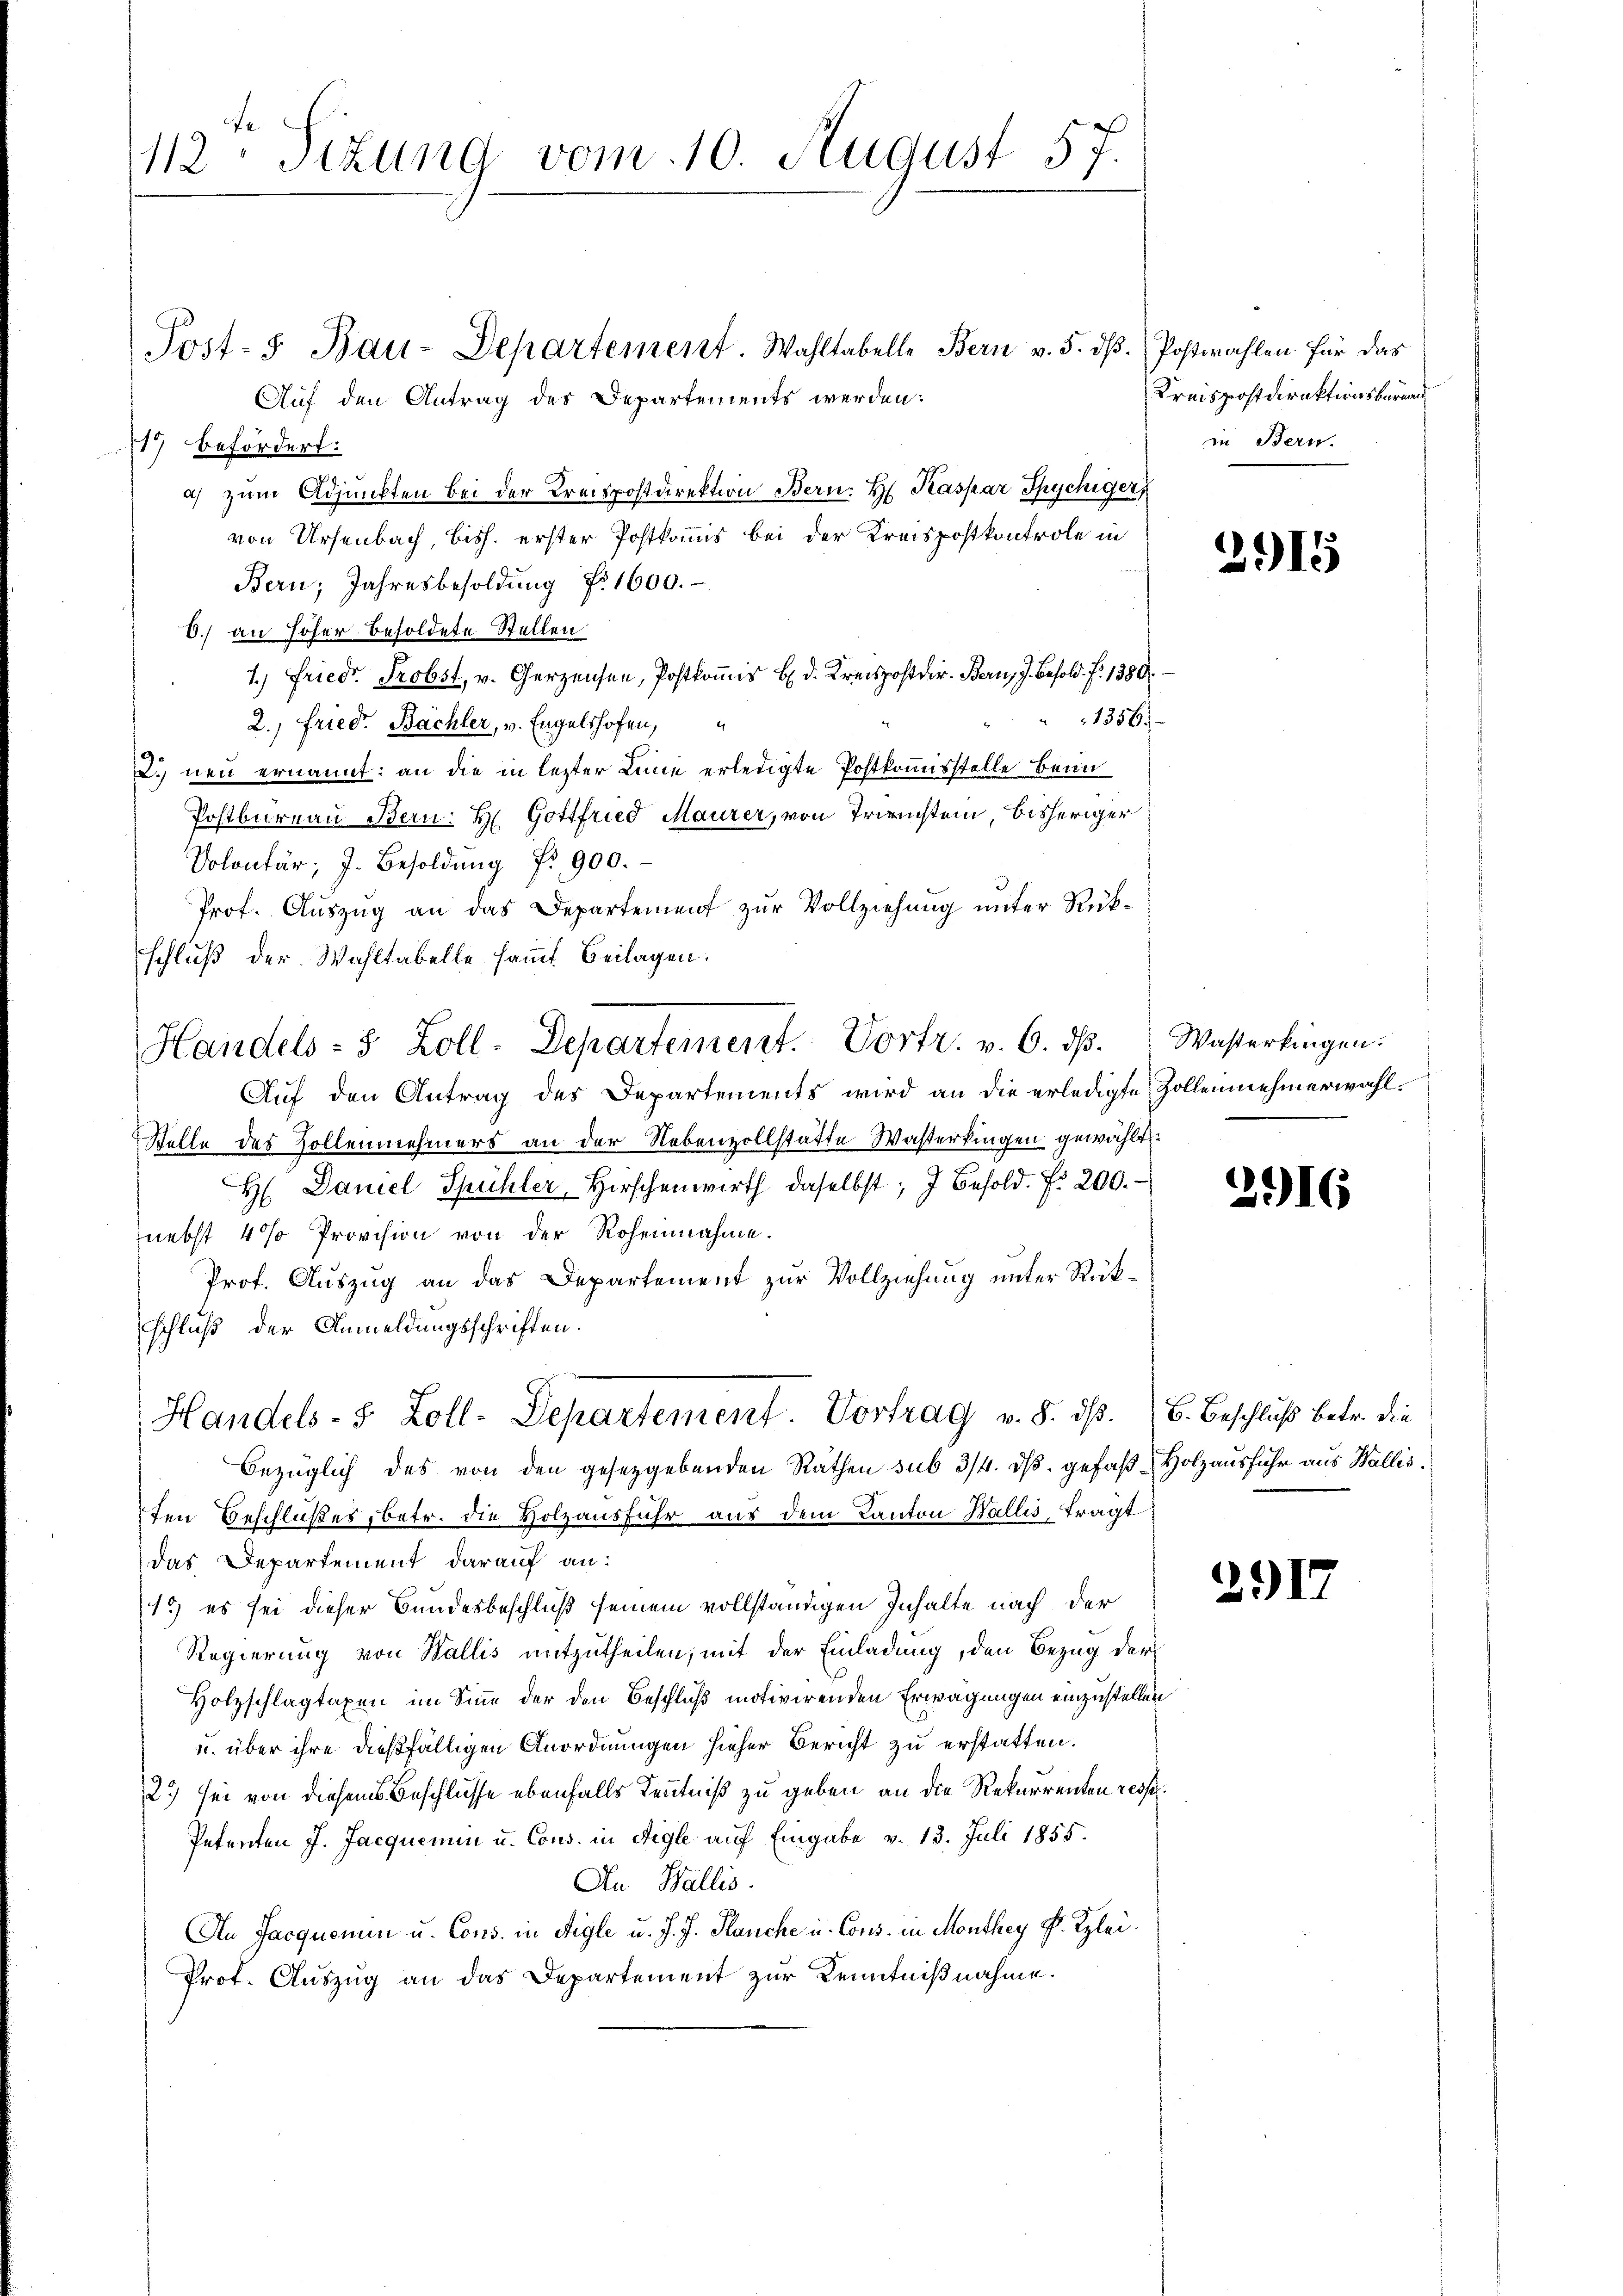
112. Situng vom 10. August 57.

Post-3 Bau-Departement. Wahltabelle Bern v. 5. dβ. Postwahlen für das
Auf den Antrag des Departements werden:
19 befördert:
a) zum Adjunkten bei der Kreispostdirektion Bern. H. Kaspar Spychiger
von Ursenbach, bish. erster Postkommis bei der Kreispostkontrole in
Bern, Jahresbesoldung Nr. 1600.
0.) an höher besoldete Stellen
1.) Friedr. Probst, v. Gerzensee, Postkomis H. d. Kreispostdir. Bern, J. Besold. f. 1380
1356.
2.) Fried. Bächler, v. Engelshofen,
2. neu ernannt: an die in lezter Linie erledigte Postkommisstelle Beim
Postbureau Bern: H. Gottfried Maurer, von Trienstein, bisheriger
Volontär; J. Besoldŭng f. 900.
Prof. Auszug an das Departement zur Vollziehung unter Rükschluß der Wahltabelle samt Beilagen.
Auf den Antrag des Departements wird an die erledigte Zollennehmerwähl¬
Stelle des Zollennehmers an der Nebenzollstatte Wasterkingen gewählt.
H Daniel Spühler Hirschenwirth daselbst, 7 Besold. f. 200.
nebst 4 % Provision von der Rohennahme.
Prof. Auszug an das Departement zur Vollziehung unter Rükschluß der Anmeldungsschriften.
Handels- 5 Zoll-Departement. Vortrag v. 8. dβ. 6. Beschlŭβ betr. die
bezüglich des von den gesetzgebenden Räthen sub 3/4. dß. gefaß Holzausfuhr aus Wallisten Beschlußes, betr. die Holzausfuhr aus dem Kanton Wallis, trägt
das Departement darauf an:
1) es sei dieser Bundesbeschluß seinem vollständigen Inhalte nach der
Regierung von Wallis mitzutheilen, mit der Einladung, den Bezug der
Holzschlagtaxen im Sinne der den Beschluß motivirenden Erwägungen einzustellen
u. über ihre dießfälligen Anordnungen hieher Bericht zu erstatten.
2) sei von diesem Beschlüsse ebenfalls Kenntniß zu geben an die Rekurrenten resse¬
Petenten J. Jacquemen u. Cons. in Aigle auf Eingabe v. 13. Juli 1855.
An Wallis.
An Jacquemen u. Cons. in Aigle u. J. J. Rauche u. Cons. in Monthey Fr. Klei¬
Prot. Auszug an das Departement zur Kenntnißnahme.

Handels- 5 Zoll-Departement. Vortr. v. 6. dβ. Wasserlingen.

Kreispostdirektionsbernan
in Bern.

2915

2916

2917